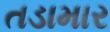
તડામાર